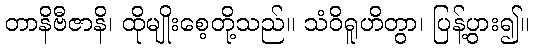
တာနိဗီဇာနိ၊ ထိုမျိုးစေ့တို့သည်။ သံဝိရူဟိတွာ၊ ပြန့်ပွား၍။